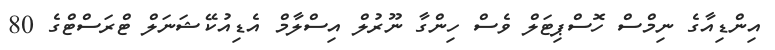
އިންޑިއާގެ ނިމްސް ހޮސްޕިޓަލް ވެސް ހިންގާ ނޫރުލް އިސްލާމް އެޑިއުކޭޝަނަލް ޓްރަސްޓްގެ 80